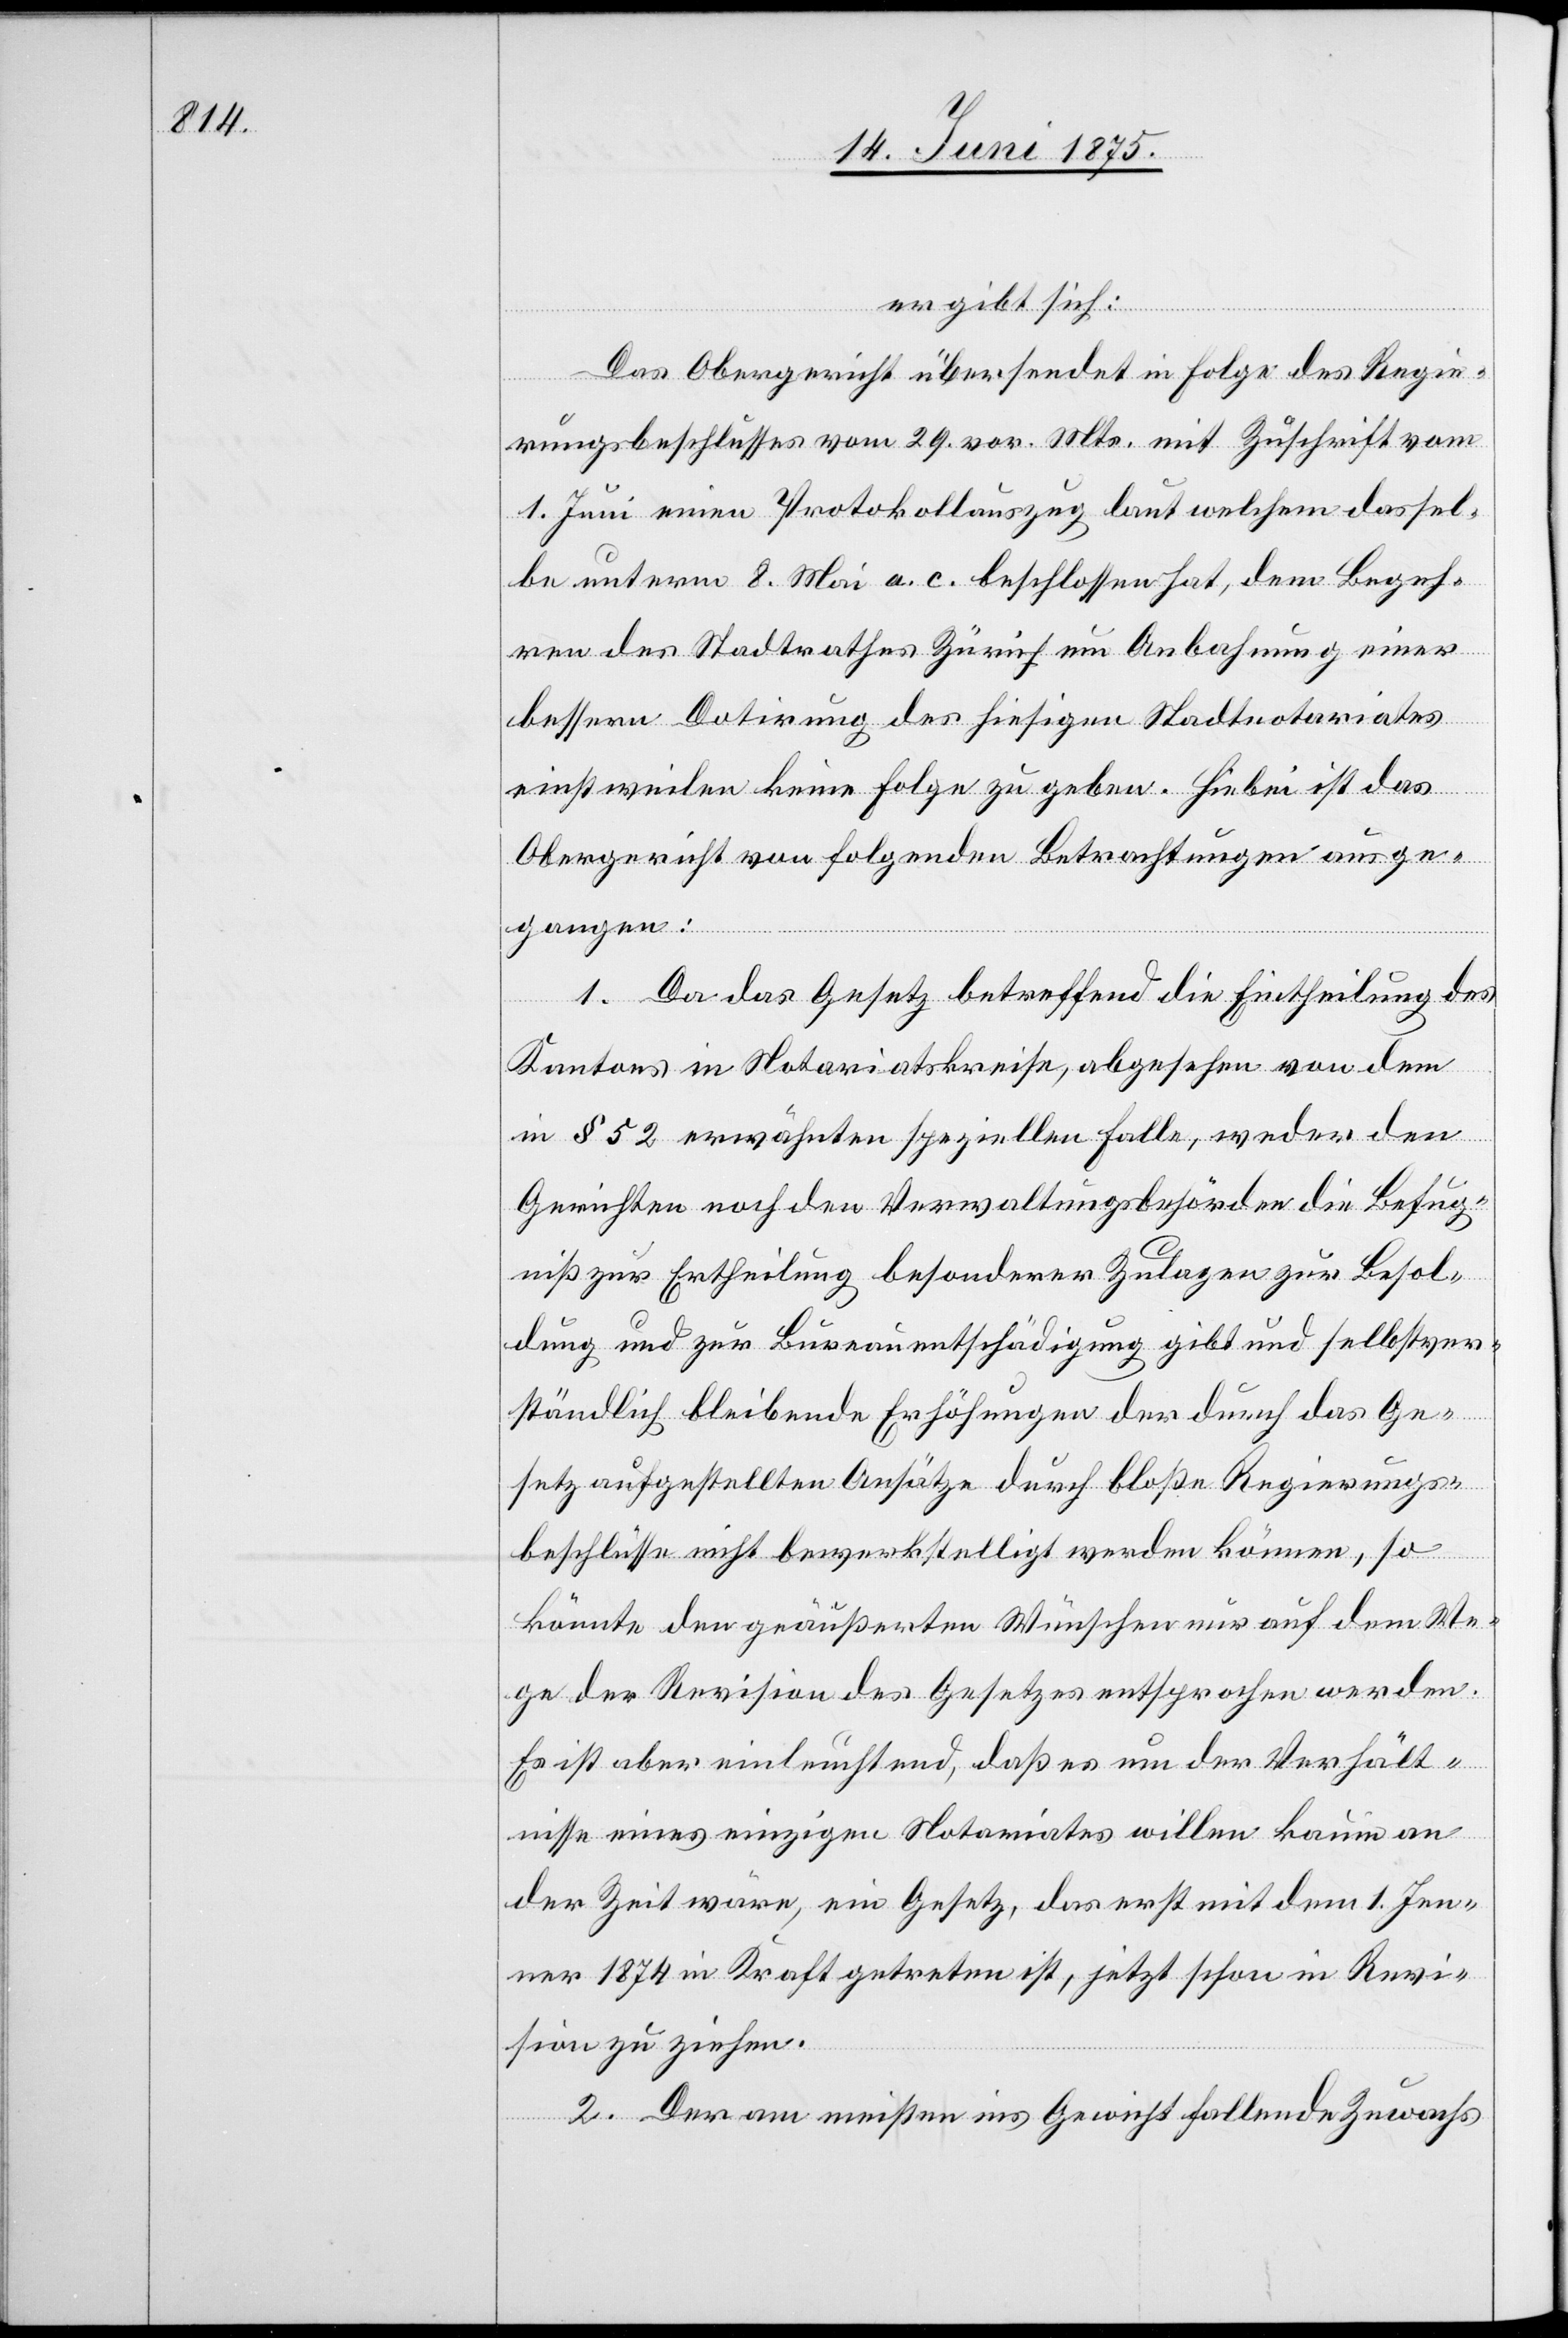
ergibt sich:
Das Obergericht übersendet in Folge des Regie¬
rungsbeschlusses vom 29. vor. Mts. mit Zuschrift vom
1. Juni einen Protokollauszug laut welchem dassel¬
be unterm 8. Mai a. c. beschlossen hat, dem Begeh¬
ren des Stadtrathes Zürich um Anbahnung einer
besseren Dotirung der hiesigen Stadtnotariates
einstweilen keine Folge zu geben. Hiebei ist das
Obergericht von folgenden Betrachtungen ausge¬
gangen:
1. Da das Gesetz betreffend die Eintheilung des
Kantons in Notariatskreise, abgesehen von dem
in § 52 erwähnten speziellen Falle, weder den
Gerichten noch den Verwaltungsbehörden die Befug¬
niß zur Ertheilung besonderer Zulagen zur Besol¬
dung und zur Bureauentschädigung gibt und selbstver¬
ständlich bleibende Erhöhungen der durch das Ge¬
setz aufgestellten Ansätze durch bloße Regierungs¬
beschlüsse nicht bewerkstelligt werden können, so
könnte den geäußerten Wünschen nur auf dem We¬
ge der Revision des Gesetzes entsprochen werden.
Es ist aber einleuchtend, daß es um der Verhält¬
nisse eines einzigen Notariates willen kaum an
der Zeit wäre, ein Gesetz, das erst mit dem 1. Jen¬
ner 1874 in Kraft getreten ist, jetzt schon in Revi¬
sion zu ziehen.
2. Der am meisten ins Gewicht fallende Zuwachs